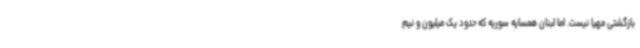
بازگشتی مهیا نیست. اما لبنان همسایه سوریه که حدود یک میلیون و نیم